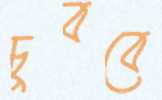
চুববে